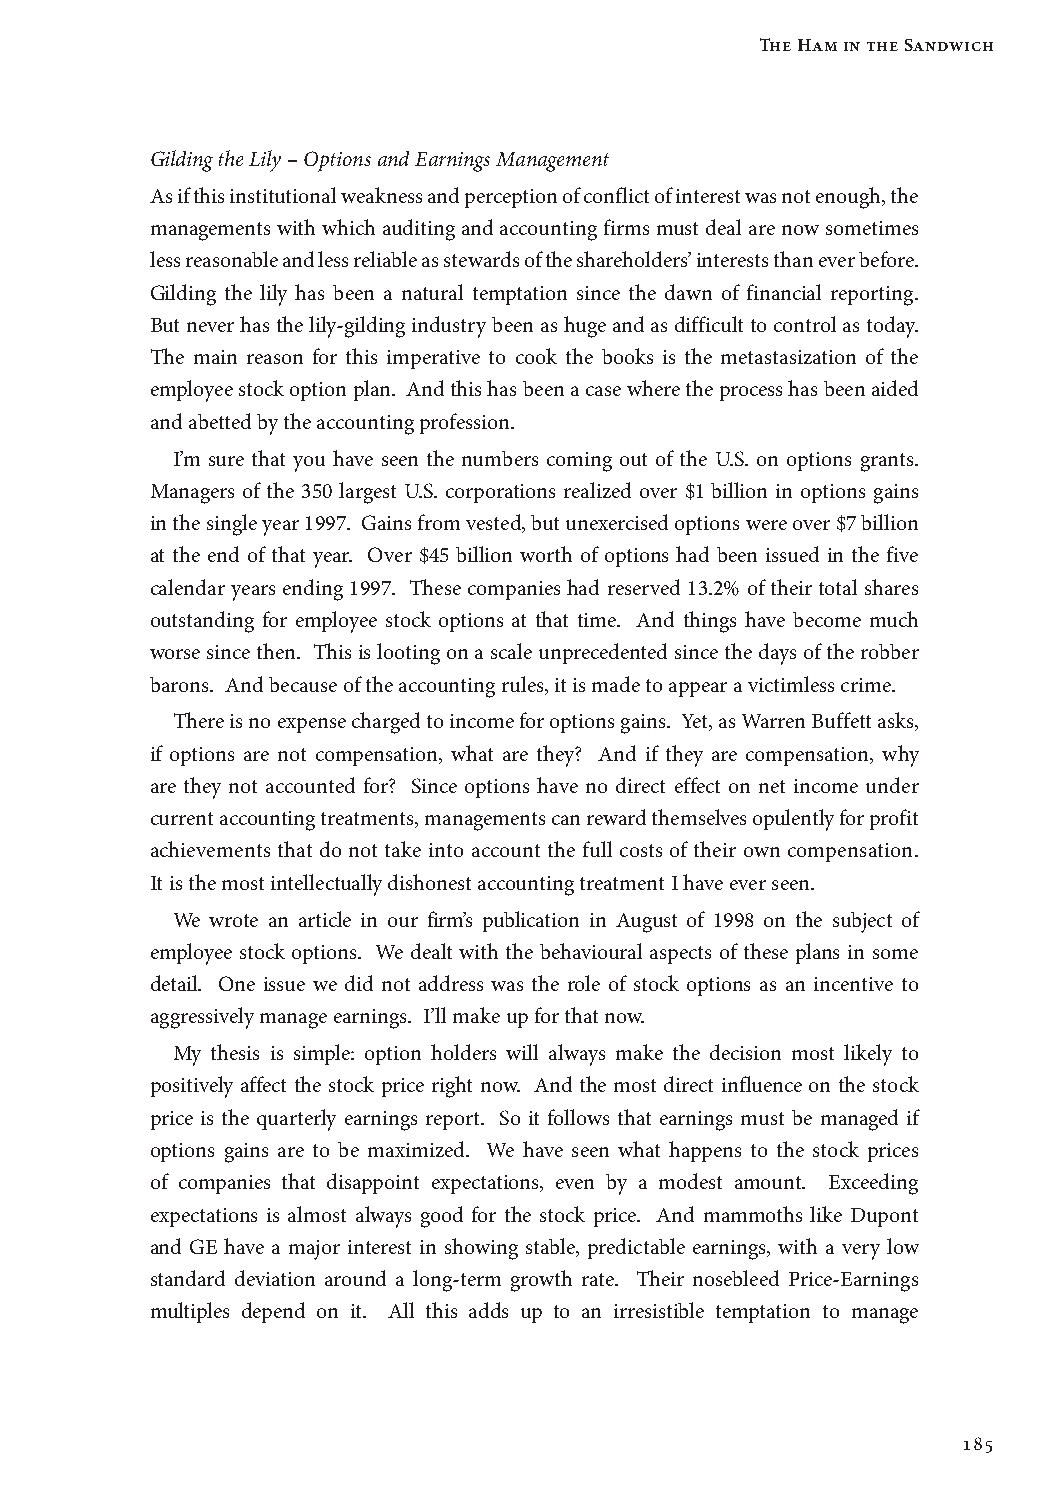
The Ham in the Sandwich
 Gilding the Lily – Options and Earnings Management
 As if this institutional weakness and perception of conflict of interest was not enough, the
 managements with which auditing and accounting firms must deal are now sometimes
 less reasonable and less reliable as stewards of the shareholders’ interests than ever before.
 Gilding the lily has been a natural temptation since the dawn of financial reporting.
 But never has the lily-gilding industry been as huge and as difficult to control as today.
 The main reason for this imperative to cook the books is the metastasization of the
 employee stock option plan. And this has been a case where the process has been aided
 and abetted by the accounting profession.
 I’m sure that you have seen the numbers coming out of the U.S. on options grants.
 Managers of the 350 largest U.S. corporations realized over $1 billion in options gains
 in the single year 1997. Gains from vested, but unexercised options were over $7 billion
 at the end of that year. Over $45 billion worth of options had been issued in the five
 calendar years ending 1997. These companies had reserved 13.2% of their total shares
 outstanding for employee stock options at that time. And things have become much
 worse since then. This is looting on a scale unprecedented since the days of the robber
 barons. And because of the accounting rules, it is made to appear a victimless crime.
 There is no expense charged to income for options gains. Yet, as Warren Buffett asks,
 if options are not compensation, what are they? And if they are compensation, why
 are they not accounted for? Since options have no direct effect on net income under
 current accounting treatments, managements can reward themselves opulently for profit
 achievements that do not take into account the full costs of their own compensation.
 It is the most intellectually dishonest accounting treatment I have ever seen.
 We wrote an article in our firm’s publication in August of 1998 on the subject of
 employee stock options. We dealt with the behavioural aspects of these plans in some
 detail. One issue we did not address was the role of stock options as an incentive to
 aggressively manage earnings. I’ll make up for that now.
 My thesis is simple: option holders will always make the decision most likely to
 positively affect the stock price right now. And the most direct influence on the stock
 price is the quarterly earnings report. So it follows that earnings must be managed if
 options gains are to be maximized. We have seen what happens to the stock prices
 of companies that disappoint expectations, even by a modest amount. Exceeding
 expectations is almost always good for the stock price. And mammoths like Dupont
 and GE have a major interest in showing stable, predictable earnings, with a very low
 standard deviation around a long-term growth rate. Their nosebleed Price-Earnings
 multiples depend on it. All this adds up to an irresistible temptation to manage
 185